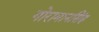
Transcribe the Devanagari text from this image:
गोरामानसिंह्